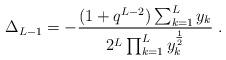
LaTeX: \begin{align*}\Delta_{L-1} = - \frac{(1+q^{L-2}) \sum_{k=1}^{L} y_k}{2^L \prod_{k=1}^{L} y_k^{\frac{1}{2}}} \; .\end{align*}